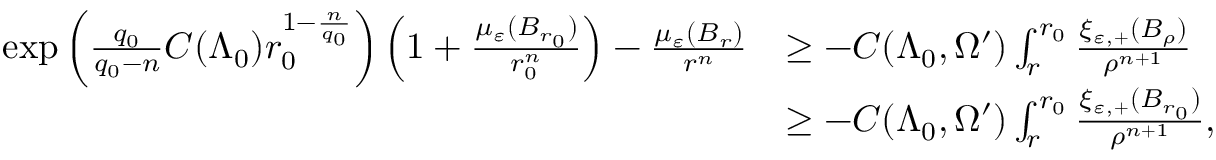
\begin{array} { r l } { \exp \left( \frac { q _ { 0 } } { q _ { 0 } - n } C ( \Lambda _ { 0 } ) r _ { 0 } ^ { 1 - \frac { n } { q _ { 0 } } } \right) \left( 1 + \frac { \mu _ { \varepsilon } ( B _ { r _ { 0 } } ) } { r _ { 0 } ^ { n } } \right) - \frac { \mu _ { \varepsilon } ( B _ { r } ) } { r ^ { n } } } & { \geq - C ( \Lambda _ { 0 } , \Omega ^ { \prime } ) \int _ { r } ^ { r _ { 0 } } \frac { \xi _ { \varepsilon , + } ( B _ { \rho } ) } { \rho ^ { n + 1 } } } \\ & { \geq - C ( \Lambda _ { 0 } , \Omega ^ { \prime } ) \int _ { r } ^ { r _ { 0 } } \frac { \xi _ { \varepsilon , + } ( B _ { r _ { 0 } } ) } { \rho ^ { n + 1 } } , } \end{array}